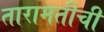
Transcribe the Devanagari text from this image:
तारामतीची